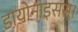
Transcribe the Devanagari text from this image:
डायोनाइसस।